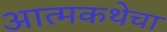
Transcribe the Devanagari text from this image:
आत्मकथेचा